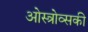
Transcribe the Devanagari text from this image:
ओस्त्रोव्सकी